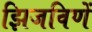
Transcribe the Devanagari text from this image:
झिजविणें